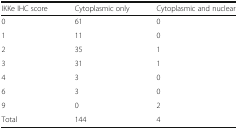
<table><thead><tr><td><b>IKKe IHC score</b></td><td><b>Cytoplasmic only</b></td><td><b>Cytoplasmic and nuclear</b></td></tr></thead><tbody><tr><td>0</td><td>61</td><td>0</td></tr><tr><td>1</td><td>11</td><td>0</td></tr><tr><td>2</td><td>35</td><td>1</td></tr><tr><td>3</td><td>31</td><td>1</td></tr><tr><td>4</td><td>3</td><td>0</td></tr><tr><td>6</td><td>3</td><td>0</td></tr><tr><td>9</td><td>0</td><td>2</td></tr><tr><td>Total</td><td>144</td><td>4</td></tr></tbody></table>